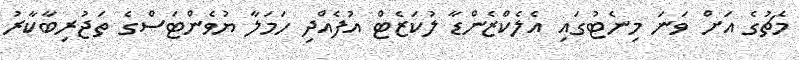
މެޗުގެ އަށް ވަނަ މިނެޓުގައި އެލެކްޒެންޑާ ލުކަޒެޓް އުފެއްދި ހަމަލާ ޔުވެންޓަސްގެ ތަޖުރިބާކާރު